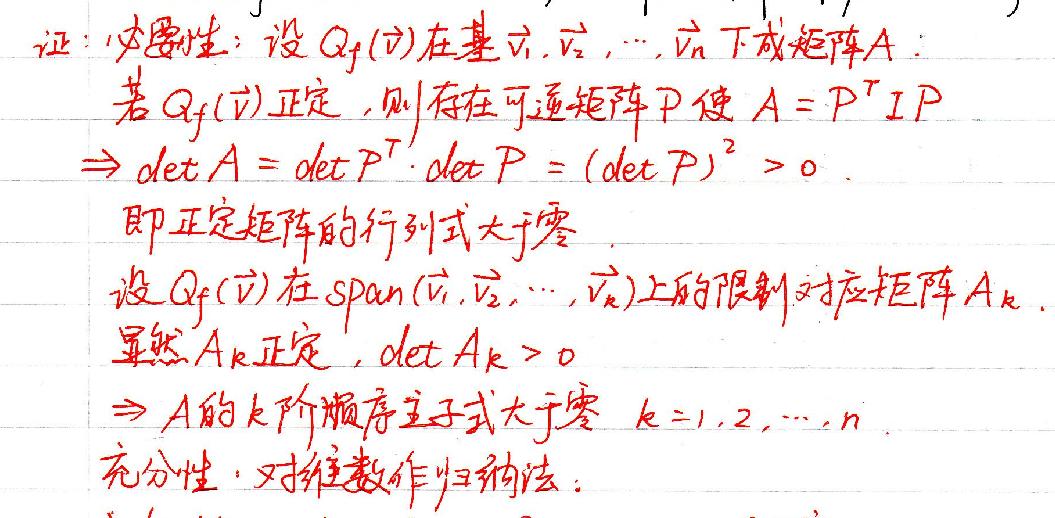
证：必要性：设\(Q_f(v)\)在基\(v_1, v_2, \cdots, v_n\)下成矩阵\(A\)。
若\(Q_f(v)\)正定，则存在可逆矩阵\(P\)使\(A = P^TIP\)
\(\Rightarrow \det A=\det P^T\cdot \det P = (\det P)^2>0\)
即正定矩阵的行列式大于零。

设\(Q_f(v)\)在\(\text{span}(v_1, v_2, \cdots, v_k)\)上的限制对应矩阵\(A_k\)，
显然\(A_k\)正定，\(\det A_k>0\)
\(\Rightarrow A\)的\(k\)阶顺序主子式大于零 \(k = 1,2,\cdots,n\)

充分性：对维数作归纳法：